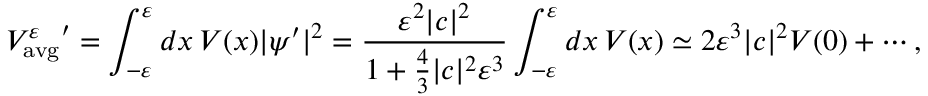
{ V _ { \mathrm { a v g } } ^ { \varepsilon } } ^ { \prime } = \int _ { - \varepsilon } ^ { \varepsilon } d x \, V ( x ) | \psi ^ { \prime } | ^ { 2 } = { \frac { \varepsilon ^ { 2 } | c | ^ { 2 } } { 1 + { \frac { 4 } { 3 } } | c | ^ { 2 } \varepsilon ^ { 3 } } } \int _ { - \varepsilon } ^ { \varepsilon } d x \, V ( x ) \simeq 2 \varepsilon ^ { 3 } | c | ^ { 2 } V ( 0 ) + \cdots ,